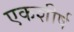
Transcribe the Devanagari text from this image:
एकशीर्ष